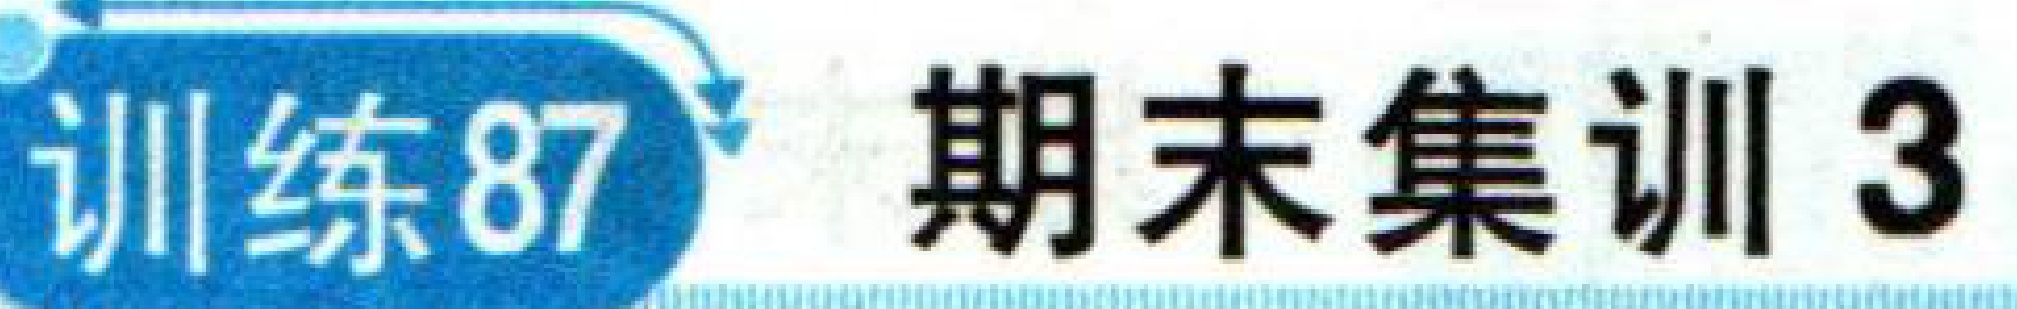
训练87 期末集训 3